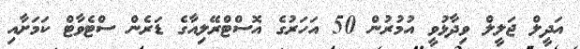
އަދީލް ޖަލީލް ވިދާޅުވީ އުމުރުން 50 އަހަރުގެ އޮސްޓްރޭލިއާގެ ޑަރެން ސްޓެވާޓް ކަމަށާއި